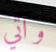
وآتي